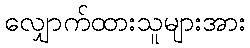
လျှောက်ထားသူများအား